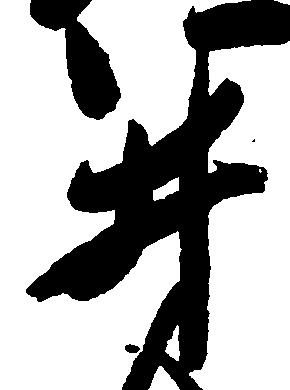
井